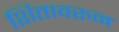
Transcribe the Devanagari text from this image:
शितावरुन